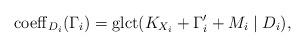
LaTeX: \begin{align*}{\rm coeff}_{D_i}(\Gamma_i) = {\rm glct}( K_{X_i}+\Gamma'_i + M_i \mid D_i),\end{align*}